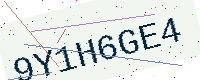
Text: 9Y1H6GE4